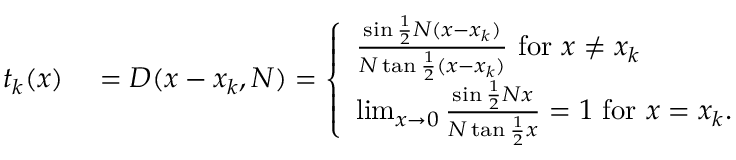
\begin{array} { r l } { t _ { k } ( x ) } & { { } = D ( x - x _ { k } , N ) = { \left\{ \begin{array} { l l } { { \frac { \sin { \frac { 1 } { 2 } } N ( x - x _ { k } ) } { N \tan { \frac { 1 } { 2 } } ( x - x _ { k } ) } } { \mathrm { ~ f o r ~ } } x \neq x _ { k } } \\ { \operatorname* { l i m } _ { x \to 0 } { \frac { \sin { \frac { 1 } { 2 } } N x } { N \tan { \frac { 1 } { 2 } } x } } = 1 { \mathrm { ~ f o r ~ } } x = x _ { k } . } \end{array} \right. } } \end{array}